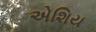
એશિય